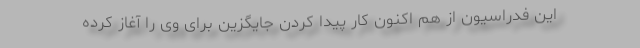
این فدراسیون از هم اکنون کار پیدا کردن جایگزین برای وی را آغاز کرده